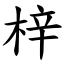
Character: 梓